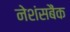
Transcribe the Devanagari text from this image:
नेशंसबैंक